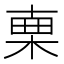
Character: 𣓟